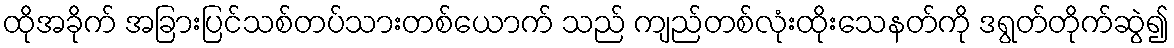
ထိုအခိုက် အခြားပြင်သစ်တပ်သားတစ်ယောက် သည် ကျည်တစ်လုံးထိုးသေနတ်ကို ဒရွတ်တိုက်ဆွဲ၍